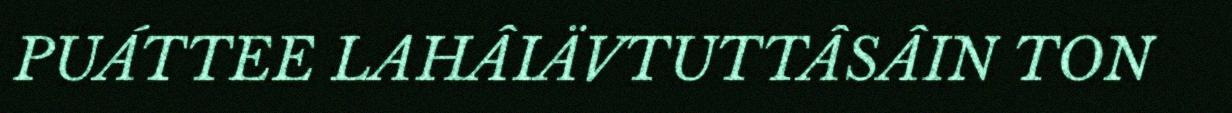
PUÁTTEE LAHÂIÄVTUTTÂSÂIN TON